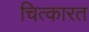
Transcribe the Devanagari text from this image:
चित्कारत